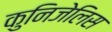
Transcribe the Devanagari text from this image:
कुनिजेलिस